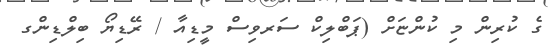
ގެ ކުރިން މި ކުންޏަށް (ޕަބްލިކް ސަރވިސް މީޑިއާ / ރޭޑިޔޯ ބިލްޑިންގ